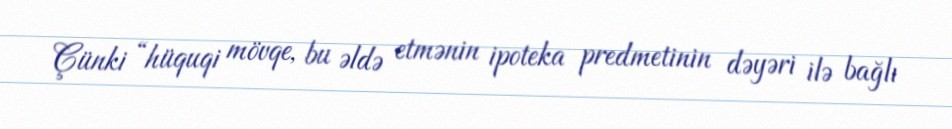
Çünki “hüquqi mövqe, bu əldə etmənin ipoteka predmetinin dəyəri ilə bağlı